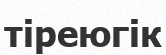
тіреюгік